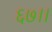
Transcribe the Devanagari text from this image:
६७।।